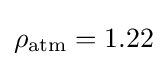
\rho _{\rm {atm}}=1.22